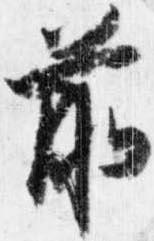
前